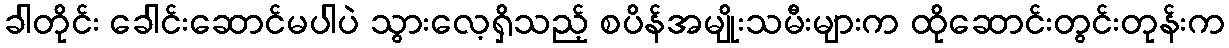
ခါတိုင်း ခေါင်းဆောင်မပါပဲ သွားလေ့ရှိသည့် စပိန်အမျိုးသမီးများက ထိုဆောင်းတွင်းတုန်းက